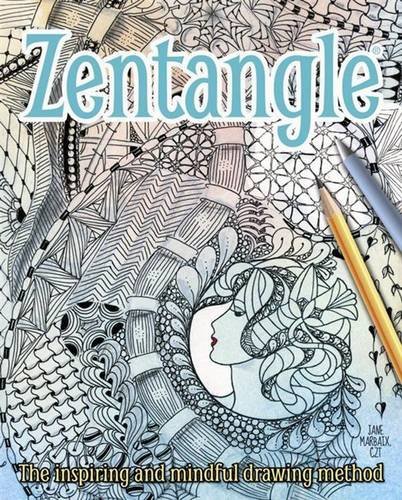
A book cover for Zentangle; Jane Marbaix; Arts & Photography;